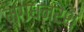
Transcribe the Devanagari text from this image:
मगधनरेश